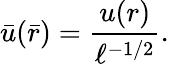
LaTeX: \bar{u}(\bar{r})=\frac{u(r)}{\ell^{-1/2}}.